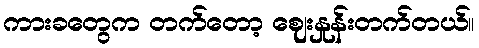
ကားခတွေက တက်တော့ ဈေးနှုန်းတက်တယ်။